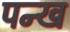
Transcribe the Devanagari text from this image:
पन्ख